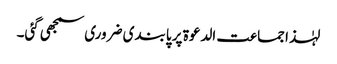
لہٰذا جماعت الدعوۃ پر پابندی ضروری سمجھی گئی۔